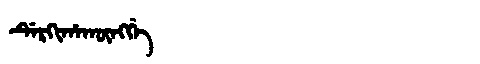
Manchu: ᡩᡝᡵᡴᡳᡥᠠᡴᡡᠩᡤᡝ
Romanization: DERKIHAKŪNGGE